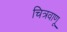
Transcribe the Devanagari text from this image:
चित्रवाणू